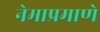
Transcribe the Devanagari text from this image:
नेमाप्रमाणे